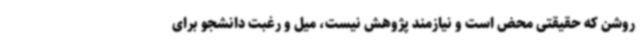
روشن که حقیقتی محض است و نیازمند پژوهش نیست، میل و رغبت دانشجو برای